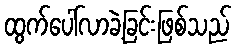
ထွက်ပေါ်လာခဲ့ခြင်းဖြစ်သည်